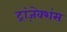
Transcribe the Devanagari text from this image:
ट्रांज़ेक्शंस